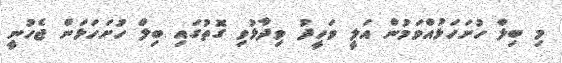
މި ބިލް ހުށަހަޅުއްވަމުން އަލީ ވަހީދު ވިދާޅުވި ގޮތުގައި ބިލް ހުށަހަޅަން ޖެހުނީ